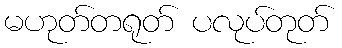
မဟုတ်တရုတ် ပလုပ်တုတ်